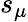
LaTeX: s_{\mu}